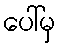
ပေါ်မှ